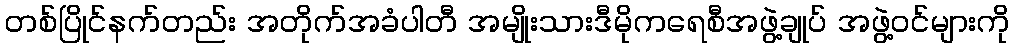
တစ်ပြိုင်နက်တည်း အတိုက်အခံပါတီ အမျိုးသားဒီမိုကရေစီအဖွဲ့ချုပ် အဖွဲ့ဝင်များကို